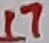
Text: 17